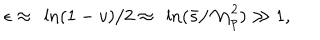
\epsilon \approx ~ \ln ( 1 - v ) / 2 \approx ~ \ln ( \bar { s } / { \cal M } _ { p } ^ { 2 } ) \gg 1 ,